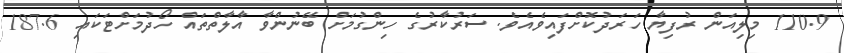
110.9 މިލިއަން ރުފިޔާ ހަރަދުކޮށްފައިވެއެވެ. ސަރުކާރުގެ ހިންގުމަށް ބޭނުންވާ އާލާތްތައް ހޯދުމަށްޓަކައި 187.6